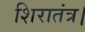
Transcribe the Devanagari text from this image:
शिरातंत्र।